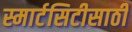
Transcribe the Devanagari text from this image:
स्मार्टसिटीसाठी